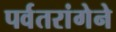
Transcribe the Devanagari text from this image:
पर्वतरांगेने